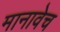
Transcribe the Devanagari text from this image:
मानावेच